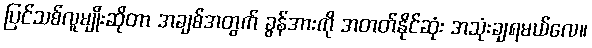
ပြင်သစ်လူမျိုးဆိုတာ အချစ်အတွက် ခွန်အားကို အတတ်နိုင်ဆုံး အသုံးချရမယ်လေ။